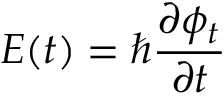
E ( t ) = \hbar \frac { \partial \phi _ { t } } { \partial t }